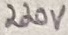
Text: 220V